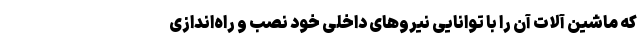
که ماشین آلات آن را با توانایی نیروهای داخلی خود نصب و راه‌اندازی